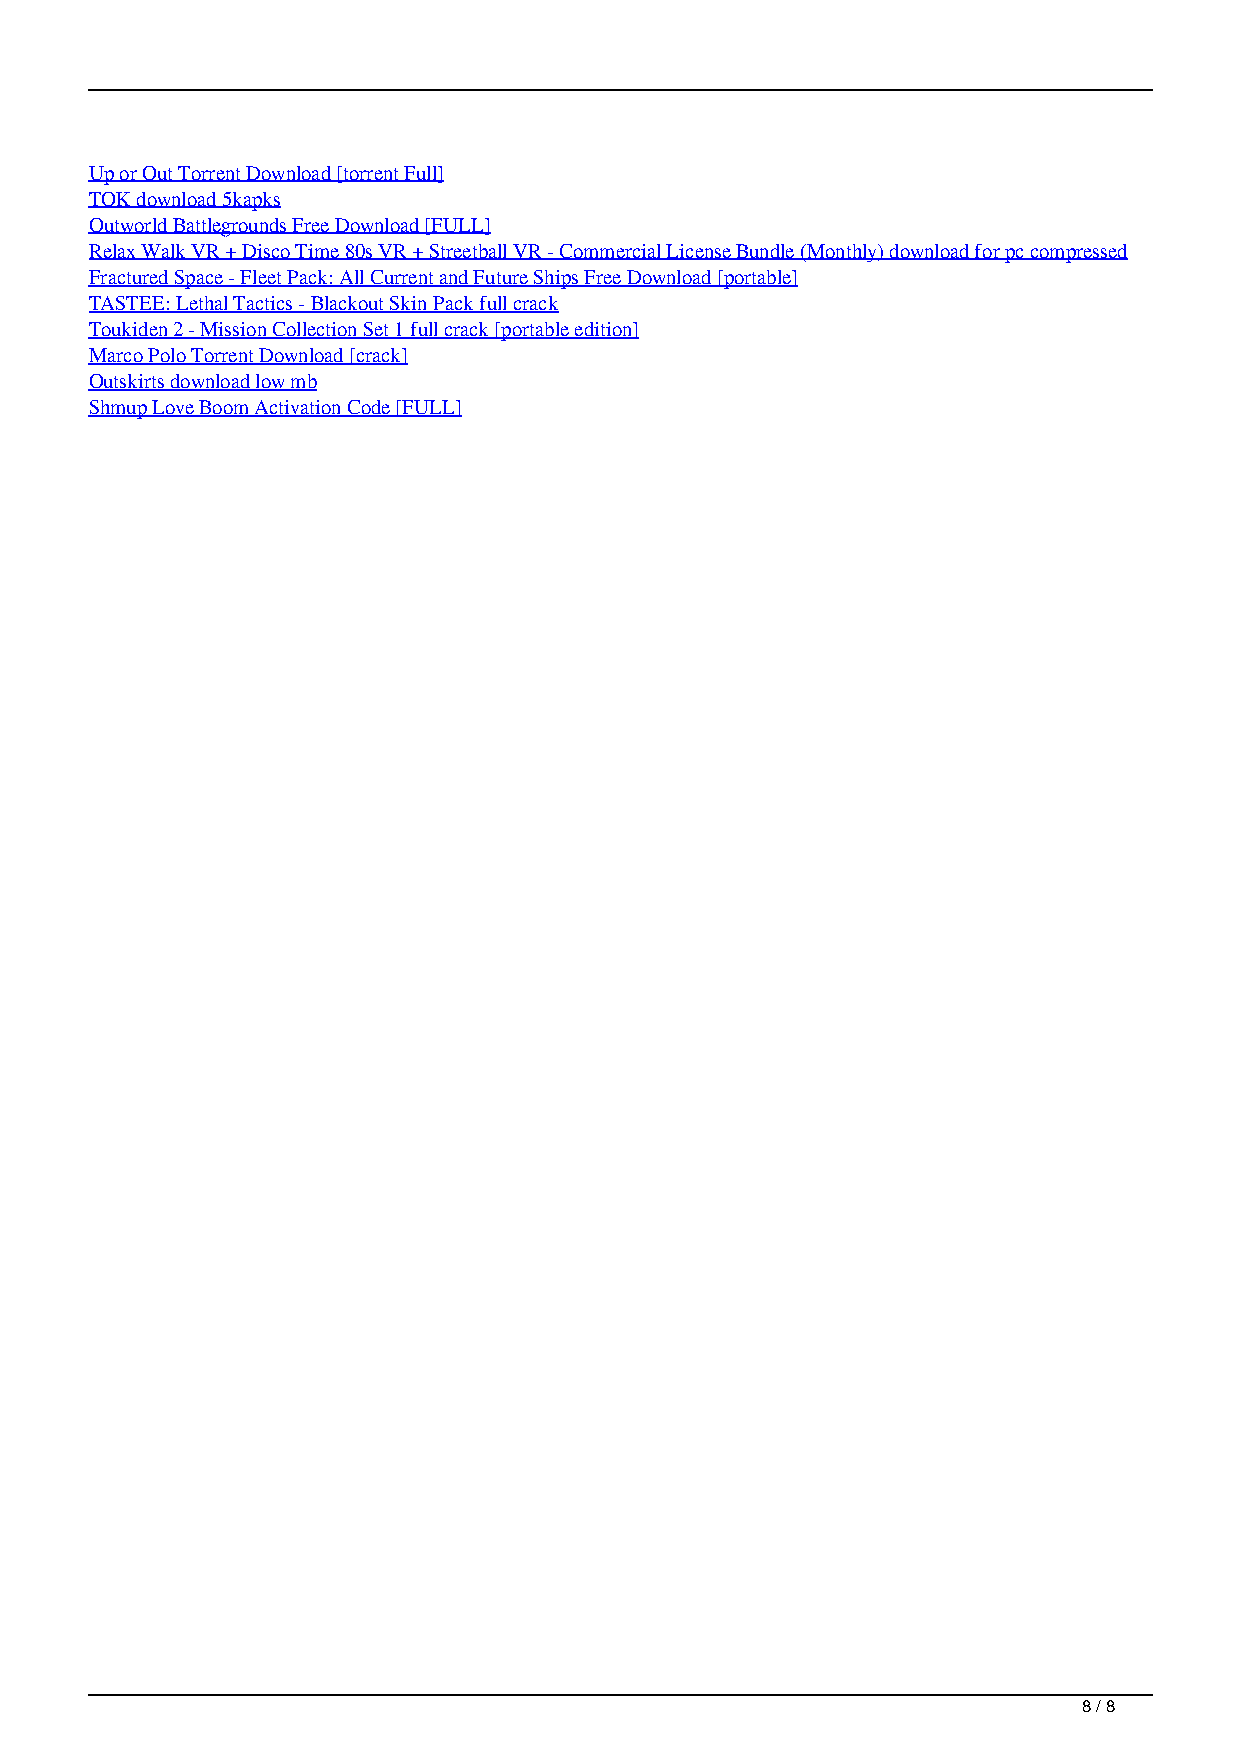
Up or Out Torrent Download [torrent Full]
 TOK download 5kapks
 Outworld Battlegrounds Free Download [FULL]
 Relax Walk VR + Disco Time 80s VR + Streetball VR - Commercial License Bundle (Monthly) download for pc compressed
 Fractured Space - Fleet Pack: All Current and Future Ships Free Download [portable]
 TASTEE: Lethal Tactics - Blackout Skin Pack full crack
 Toukiden 2 - Mission Collection Set 1 full crack [portable edition]
 Marco Polo Torrent Download [crack]
 Outskirts download low mb
 Shmup Love Boom Activation Code [FULL]
 8 / 8
 Castles II Siege Amp Conquest Serial Number